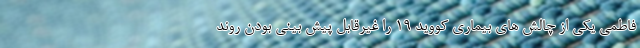
فاطمی یکی از چالش های بیماری کووید ۱۹ را غیرقابل پیش بینی بودن روند